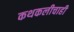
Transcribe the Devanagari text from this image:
कथकलीचाही